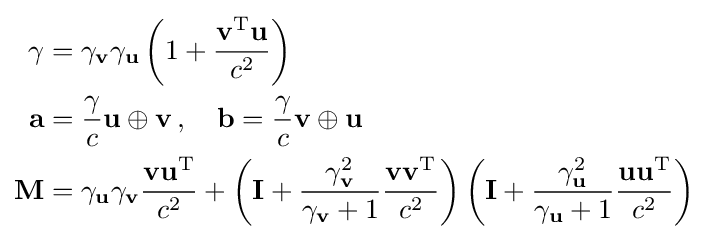
{\begin{aligned}\gamma &=\gamma _{\mathbf {v} }\gamma _{\mathbf {u} }\left(1+{\frac {\mathbf {v} ^{\mathrm {T} }\mathbf {u} }{c^{2}}}\right)\\\mathbf {a} &={\frac {\gamma }{c}}\mathbf {u} \oplus \mathbf {v} \,,\quad \mathbf {b} ={\frac {\gamma }{c}}\mathbf {v} \oplus \mathbf {u} \\\mathbf {M} &=\gamma _{\mathbf {u} }\gamma _{\mathbf {v} }{\frac {\mathbf {vu} ^{\mathrm {T} }}{c^{2}}}+\left(\mathbf {I} +{\frac {\gamma _{\mathbf {v} }^{2}}{\gamma _{\mathbf {v} }+1}}{\frac {\mathbf {vv} ^{\mathrm {T} }}{c^{2}}}\right)\left(\mathbf {I} +{\frac {\gamma _{\mathbf {u} }^{2}}{\gamma _{\mathbf {u} }+1}}{\frac {\mathbf {uu} ^{\mathrm {T} }}{c^{2}}}\right)\end{aligned}}